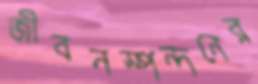
জীবনস্পন্দনের